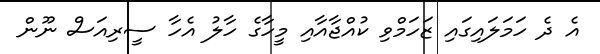
އެ ދެ ހަމަލައިގައި ޒަހަމްވި ކުއްޖާއާއި މީހާގެ ހާލު އެހާ ސީރިއަސް ނޫން